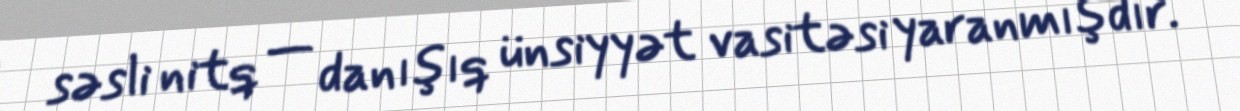
səsli nitq — danışıq ünsiyyət vasitəsi yaranmışdır.